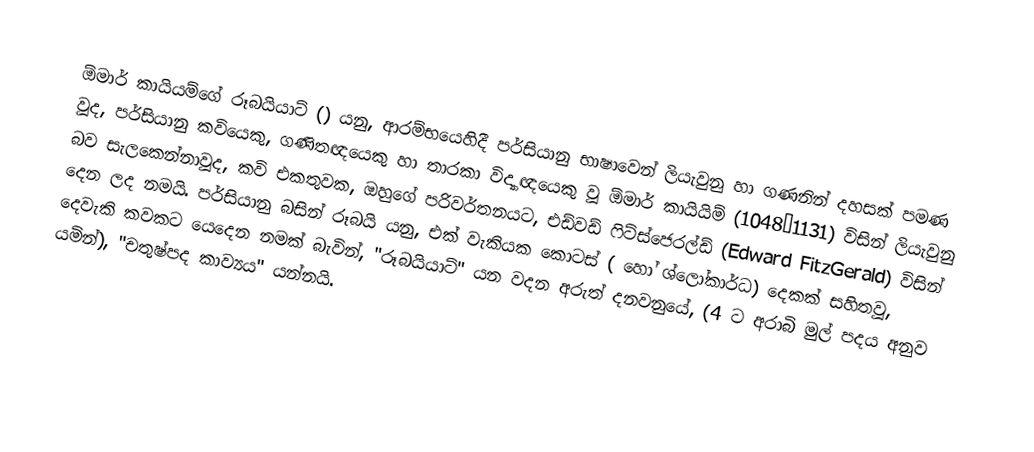
ඕමාර් කායියම්ගේ රූබයියාට් () යනු,   ආරම්භයෙහිදී පර්සියානු භාෂාවෙන් ලියැවුනු හා ගණනින් දහසක් පමණ වූද,  පර්සියානු කවියෙකු, ගණිතඥයෙකු හා  තාරකා විද්‍යාඥයෙකු වූ ඕමාර් කායියිම් (1048–1131) විසින් ලියැවුනු බව සැලකෙන්නාවූද,  කවි එකතුවක, ඔහුගේ පරිවර්තනයට,  එඩ්වඩ් ෆිට්ස්ජෙරල්ඩ් (Edward FitzGerald) විසින් දෙන ලද නමයි. පර්සියානු බසින් රූබයි යනු, එක් වැකියක කොටස් ( හෝ ශ්ලෝකාර්ධ) දෙකක් සහිතවූ,  දෙවැකි කවකට යෙදෙන නමක් බැවින්, "රූබයියාට්" යන වදන අරුත් දනවනුයේ, (4 ට අරාබි මුල් පදය අනුව යමින්), "චතුෂ්පද කාව්‍යය" යන්නයි.